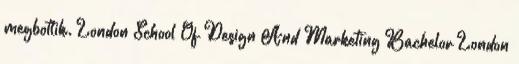
megbotlik. London School Of Design And Marketing Bachelor London